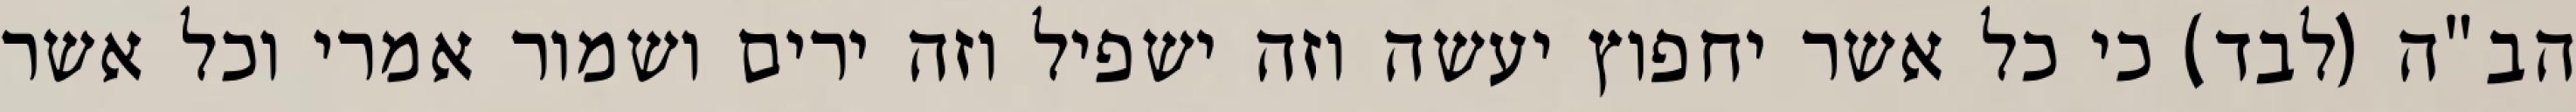
הב”ה (לבד) כי כל אשר יחפוץ יעשה וזה ישפיל וזה ירים ושמור אמרי וכל אשר